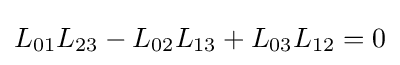
L_{01}L_{23}-L_{02}L_{13}+L_{03}L_{12}=0